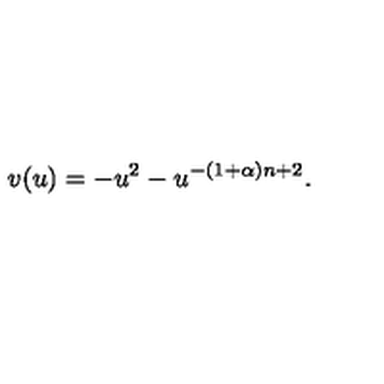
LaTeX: v ( u ) = - u ^ { 2 } - u ^ { - ( 1 + \alpha ) n + 2 } .